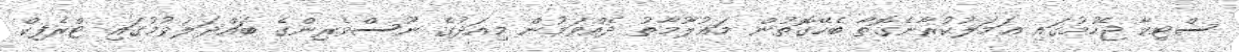
ސްޓިކާ ޖެހުމުގައި ޢަމަލުކުރާނެގޮތާ ބެހޭގޮތުން މަޢުލޫމާތު ދެއްވަމުން މިއަދުގެ ނޫސްވެރިންގެ ބައްދަލުވުމުގައި ޓްރެފިކް